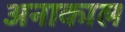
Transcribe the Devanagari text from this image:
अनाकाल